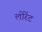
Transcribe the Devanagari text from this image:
लोरेंट